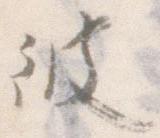
彼